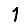
Digit: 1